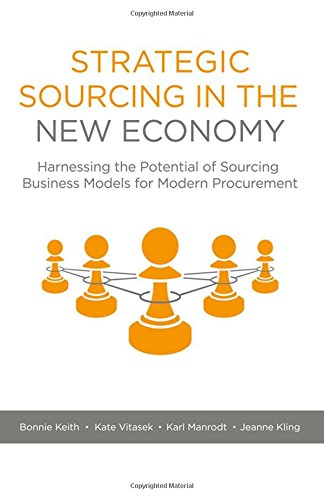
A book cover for Strategic Sourcing in the New Economy: Harnessing the Potential of Sourcing Business Models for Modern Procurement; Bonnie Keith; Business & Money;